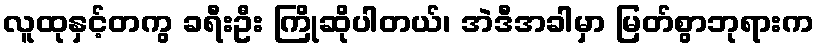
လူထုနှင့်တကွ ခရီးဦး ကြိုဆိုပါတယ်၊ အဲဒီအခါမှာ မြတ်စွာဘုရားက